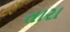
તારા